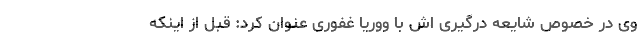
وی در خصوص شایعه درگیری اش با ووریا غفوری عنوان کرد: قبل از اینکه